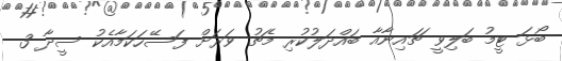
ބޯޅަ ޓީމު ބަލިވީ ޗައިނާއާ ބައްދަލުކުރި މެޗު ވަރަށް ފަސޭހަކަމާއެކު ސީދާ 3